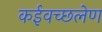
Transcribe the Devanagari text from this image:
कईवच्छलेण